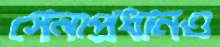
সেনাপ্রধানও